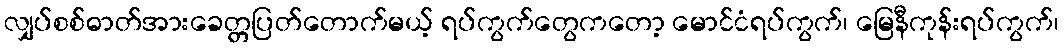
လျှပ်စစ်ဓာတ်အားခေတ္တပြတ်တောက်မယ့် ရပ်ကွက်တွေကတော့ မောင်ငံရပ်ကွက်၊ မြေနီကုန်းရပ်ကွက်၊